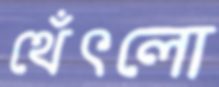
থেঁৎলো